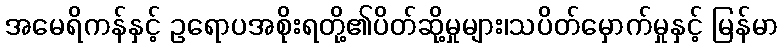
အမေရိကန်နှင့် ဥရောပအစိုးရတို့၏ပိတ်ဆို့မှုများ၊သပိတ်မှောက်မှုနှင့် မြန်မာ